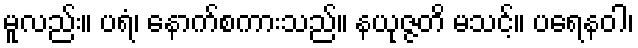
မူလည်း။ ပရံ၊ နောက်စကားသည်။ နယုဇ္ဇတိ မသင့်။ ပရေနဝါ၊